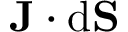
\mathbf { J } \cdot \mathrm { d } \mathbf { S }